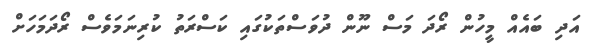
އަދި ބައެއް މީހުން ރޯދަ މަސް ނޫން ދުވަސްތަކުގައި ކަސްރަތު ކުރިނަމަވެސް ރޯދަމަހަށް